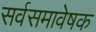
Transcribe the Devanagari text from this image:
सर्वसमावेषक